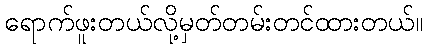
ရောက်ဖူးတယ်လို့မှတ်တမ်းတင်ထားတယ်။